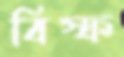
বিস্ফ